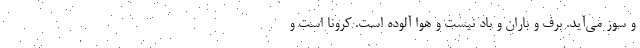
و سوز می‌آید. برف و باران و باد نیست و هوا آلوده است. کرونا است و